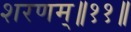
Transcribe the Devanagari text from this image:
शरणम्॥११॥